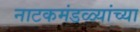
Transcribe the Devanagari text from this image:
नाटकमंडळ्यांच्या